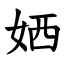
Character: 㛉